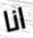
انا